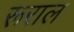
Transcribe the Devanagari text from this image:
रूराल